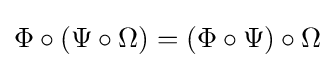
\Phi \circ (\Psi \circ \Omega )=(\Phi \circ \Psi )\circ \Omega